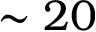
\sim 2 0